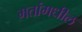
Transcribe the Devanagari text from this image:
मतांमधील